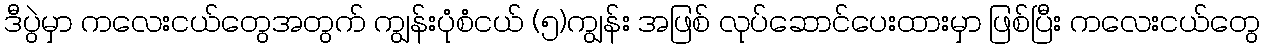
ဒီပွဲမှာ ကလေးငယ်တွေအတွက် ကျွန်းပုံစံငယ် (၅)ကျွန်း အဖြစ် လုပ်ဆောင်ပေးထားမှာ ဖြစ်ပြီး ကလေးငယ်တွေ